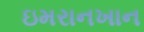
ઇમરાનખાન